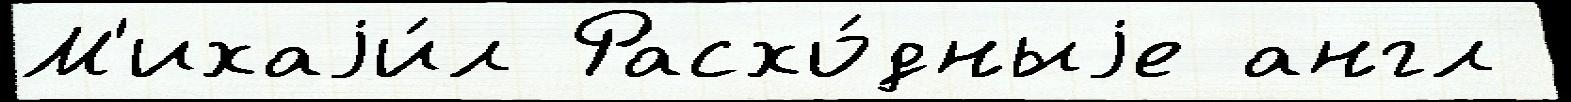
М'ихаjи́л Расхо́дныjе англ